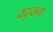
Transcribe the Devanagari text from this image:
यदृच्छया